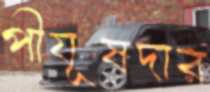
পীযূষদার